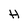
Character: H